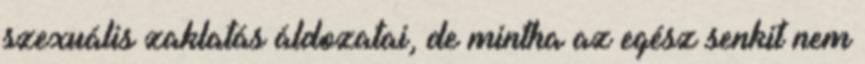
szexuális zaklatás áldozatai, de mintha az egész senkit nem